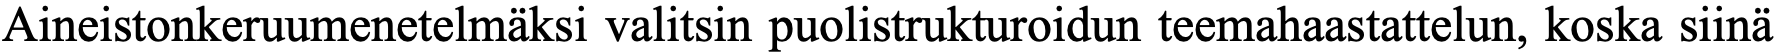
Aineistonkeruumenetelmäksi valitsin puolistrukturoidun teemahaastattelun, koska siinä